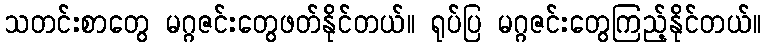
သတင်းစာတွေ မဂ္ဂဇင်းတွေဖတ်နိုင်တယ်။ ရုပ်ပြ မဂ္ဂဇင်းတွေကြည့်နိုင်တယ်။